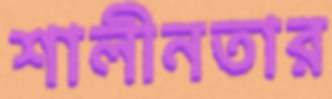
শালীনতার